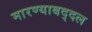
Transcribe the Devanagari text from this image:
मारण्याबद्दल